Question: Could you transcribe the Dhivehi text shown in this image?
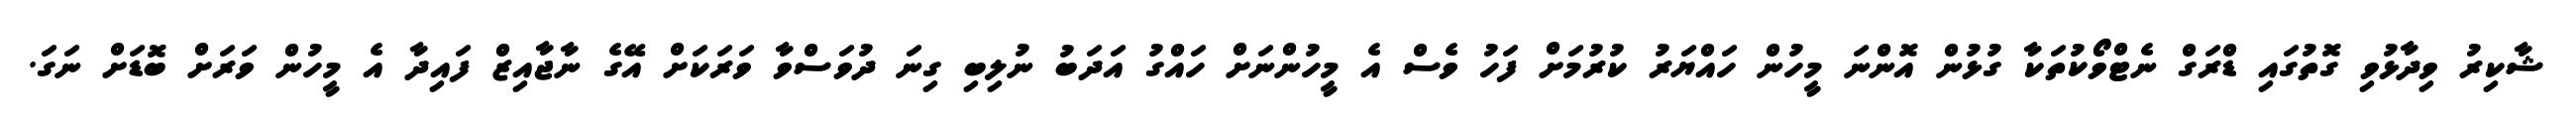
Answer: ޝާކިރު ވިދާޅުވި ގޮތުގައި ޑްރަގް ނެޓްވޯކުތަކާ ގުޅުން އޮންނަ މީހުން ހައްޔަރު ކުރުމަށް ފަހު ވެސް އެ މީހުންނަށް ހައްގު އަދަބު ނުލިބި ގިނަ ދުވަސްވާ ވަރަކަށް އޭގެ ނާޖާއިޒް ފައިދާ އެ މީހުން ވަރަށް ބޮޑަށް ނަގަ.